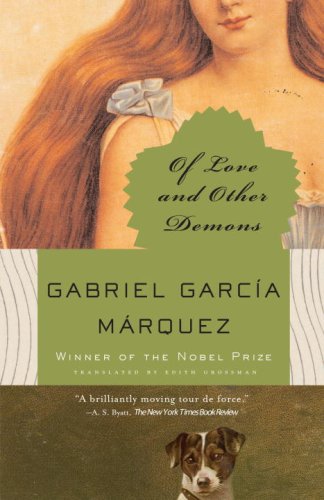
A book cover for Of Love and Other Demons (Vintage International); Gabriel GarcÃ­a MÃ¡rquez; Literature & Fiction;